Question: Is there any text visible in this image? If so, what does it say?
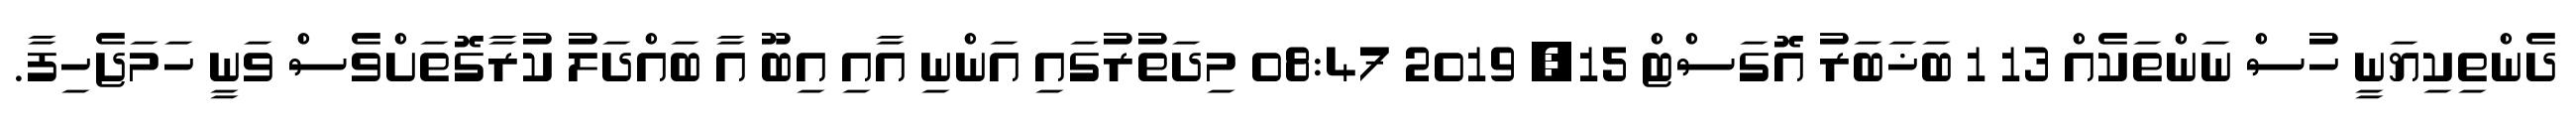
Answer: ދެންތިކިޔަނީ ހުސް ނަންތަކެއް 13 1 ބަޚަބަރު އޮގަސްޓް 15, 2019 08:47 މިދަތުރުގައި އަންނި އާއި އިބޫ އާ ބައްދަލު ކުރާގޮތަށްވެސް ވަނީ ހަމަޖެހިފާ.